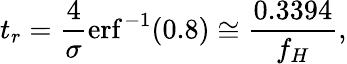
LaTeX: t_{r}={\frac{4}{\sigma}}{\mathrm{erf}^{-1}(0.8)}\cong{\frac{0.3394}{f_{H}}},